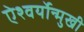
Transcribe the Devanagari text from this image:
ऐश्वर्योन्मुखी